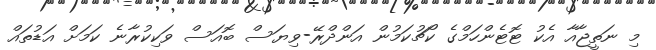
މި ނަތީޖާއާ އެކު ޓޮޓެންހަމްގެ ކޯޗުކަމުން އަންދްރޭ-ވިޔަސް ބޮއަސް ވަކިކުރާނެ ކަމަށް އަޑުތައް